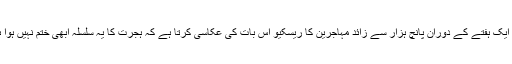
تاہم ايک ہفتے کے دوران پانچ ہزار سے زائد مہاجرين کا ريسکيو اس بات کی عکاسی کرتا ہے کہ ہجرت کا يہ سلسلہ ابھی ختم نہيں ہوا ہے۔